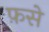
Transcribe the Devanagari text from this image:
फ़से